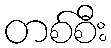
တစ်စီး